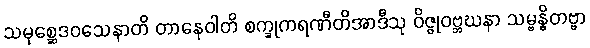
သမုစ္ဆေဒဝသေနာတိ တာနေဝါတိ စက္ခုကရဏီတိအာဒီသု ဝိဇ္ဇုဝဗ္ဘဃနာ သမ္ဗန္ဓိတဗ္ဗာ